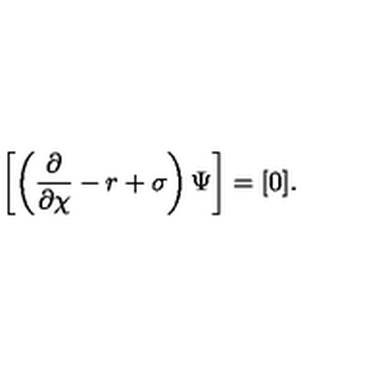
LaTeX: \left[ \left( \frac { \partial } { \partial \chi } - r + \sigma \right) \Psi \right] = [ 0 ] .